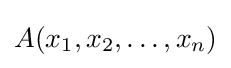
A(x_{1},x_{2},\ldots ,x_{n})